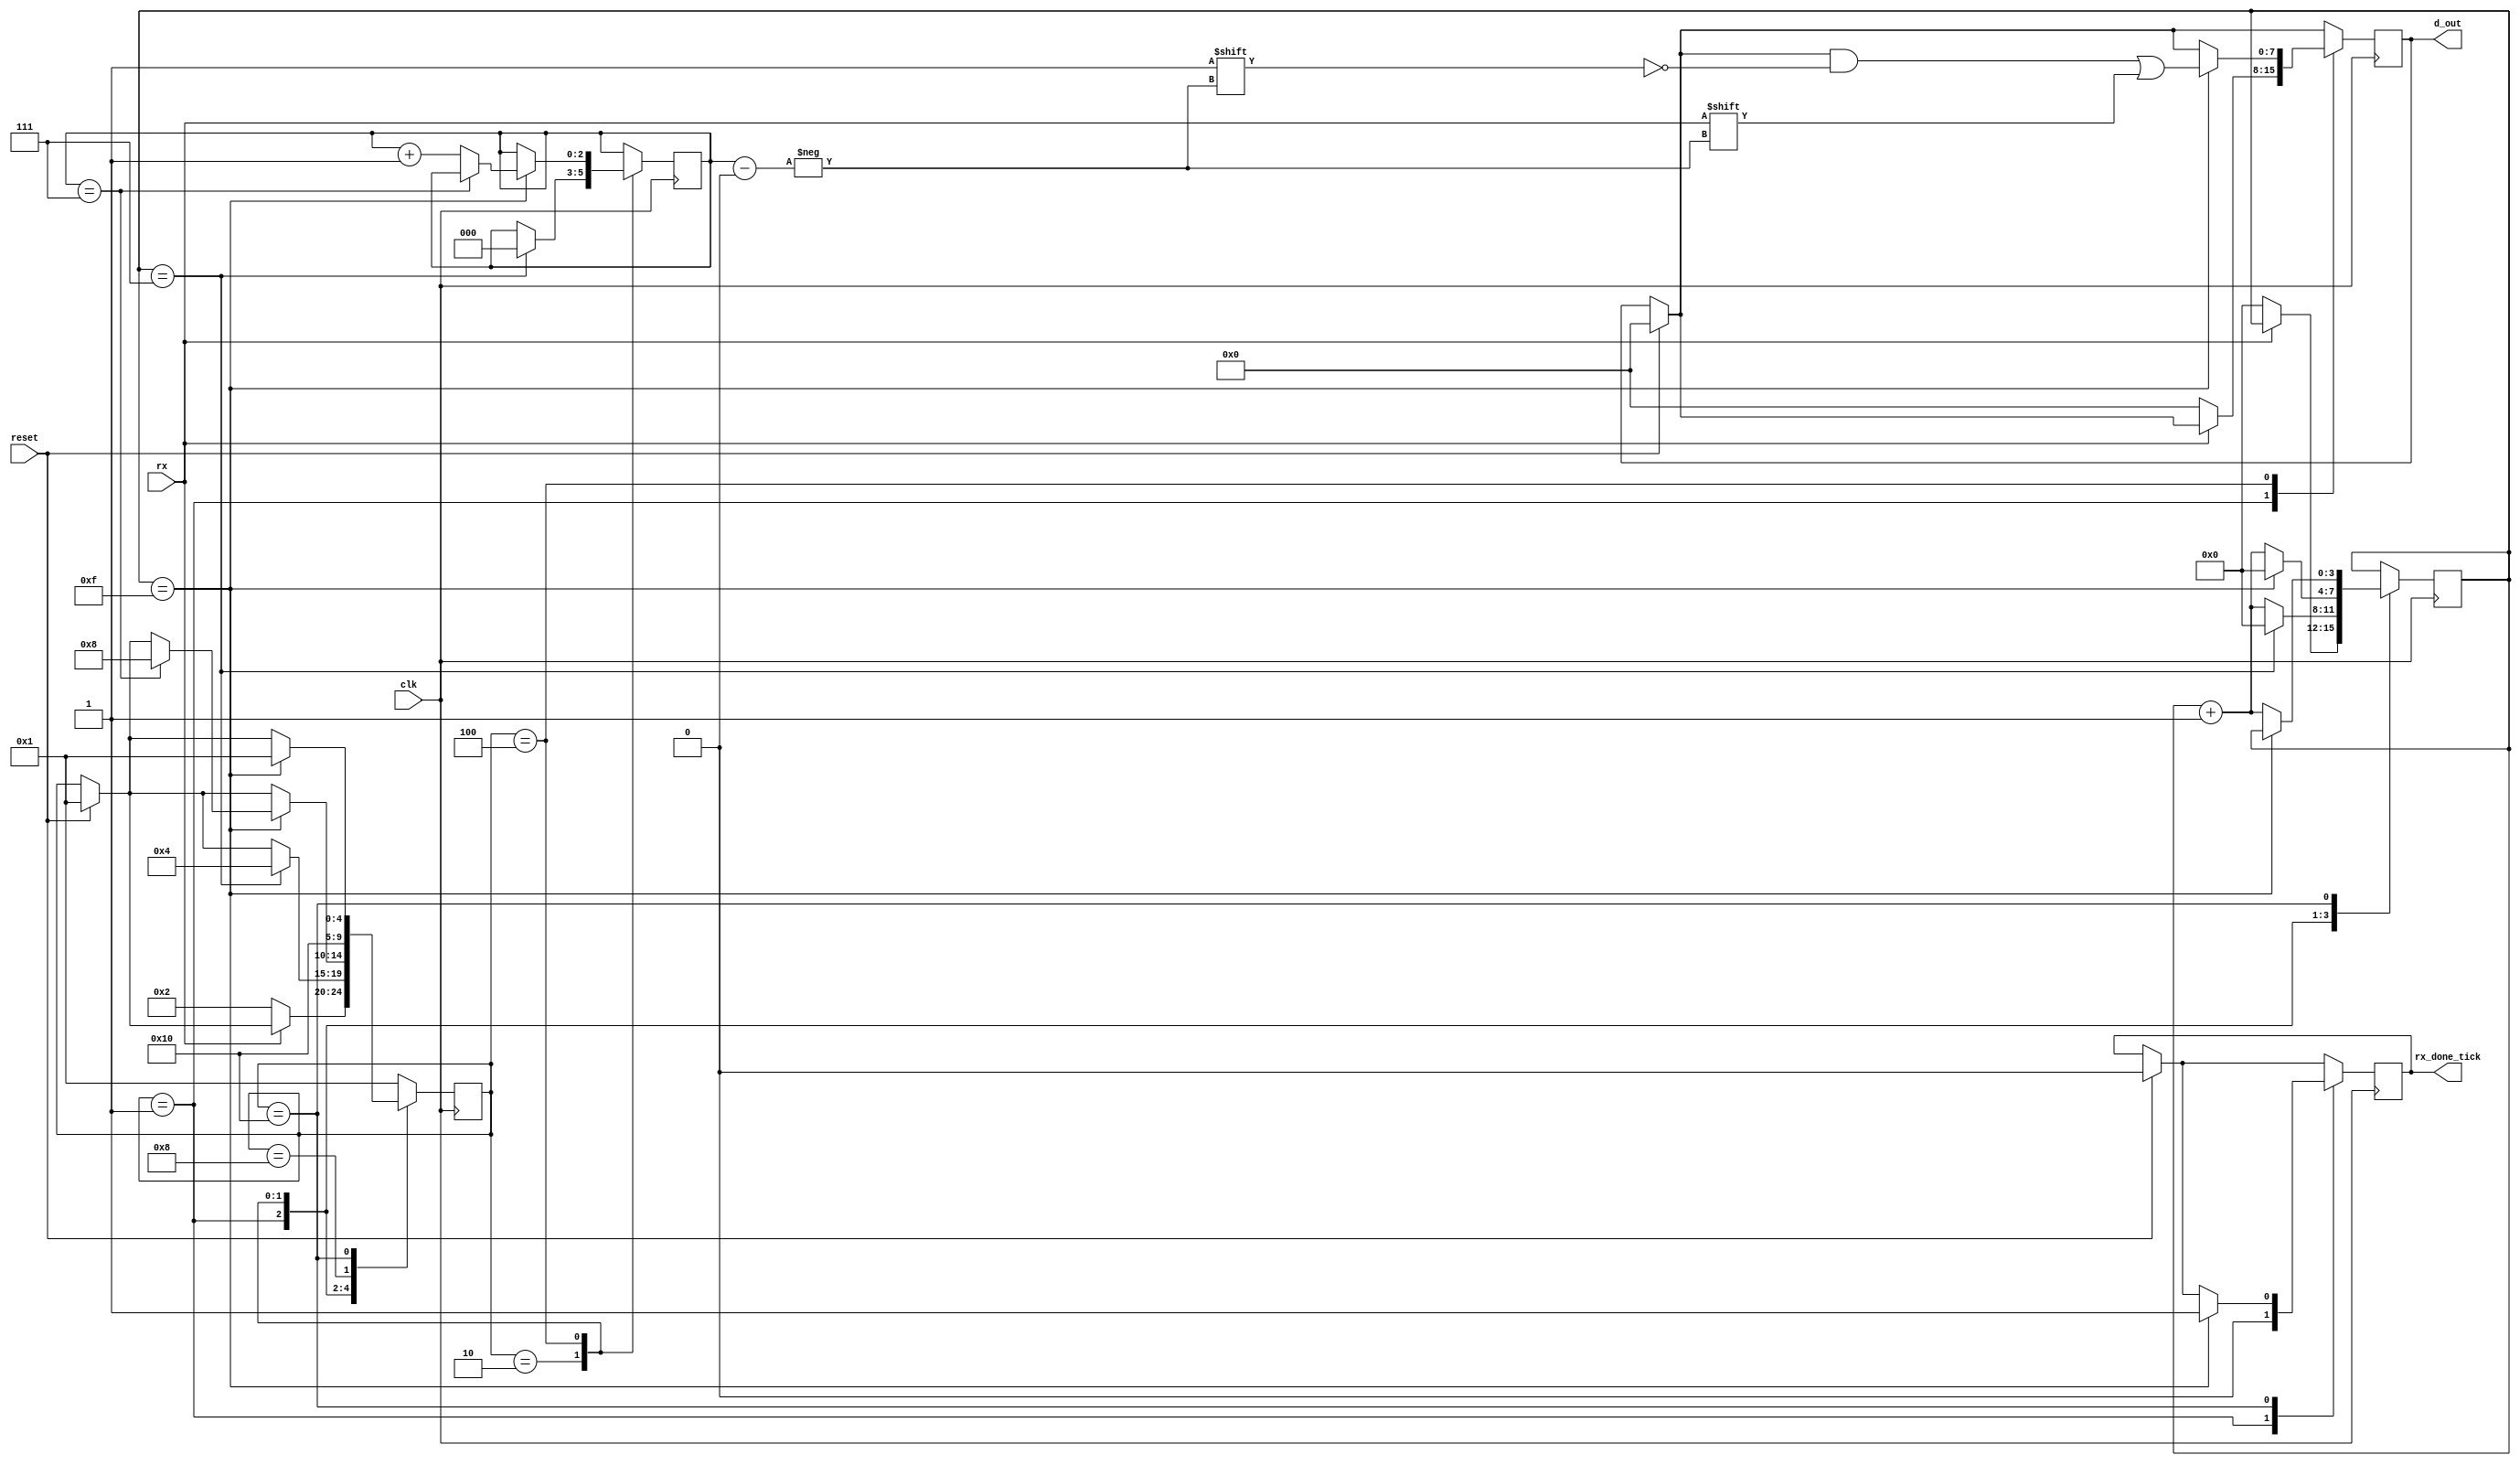
`timescale 1ns / 1ps
//////////////////////////////////////////////////////////////////////////////////
// Company: 
// Engineer: 
// 
// Design Name: 
// Module Name:    Rxv2 
// Project Name: 
// Target Devices: 
// Tool versions: 
// Description: 
//
// Dependencies: 
//
// Revision: 
// Revision 0.01 - File Created
// Additional Comments: 
//
//////////////////////////////////////////////////////////////////////////////////
module Rx(
		input                                         reset,
		input                                         clk,
		input	                                      rx,
		output    reg [7:0]                           d_out,
		output    reg                                 rx_done_tick
    );
    
	reg [4:0] estado;
	reg [3:0] tick_counter;
	reg [2:0] cant_recv;
	
	always @(posedge clk)
	begin
		if(reset)
		begin
            estado <= 5'b00001;
            d_out <= 0;
            rx_done_tick <= 0;
		end
        case(estado)
            5'b00001 :  //Espero a que el rx tome el valor de 0 para pasar al siguiente estado.
                begin
                    if (rx == 0)
                    begin
                        estado <= 5'b00010;
                        tick_counter <= 0;
                        d_out <= 0;
                    end
                    rx_done_tick <= 0;
                end
            5'b00010 : //Espero a que lleguen 7 ciclos de clock para avanzar al siguiente estado.
                begin
                if(tick_counter == 7)
                    begin
                        estado <= 5'b00100;
                        tick_counter <= 0;
                        cant_recv <= 0;
                    end
                else
                    tick_counter <= tick_counter +1;
                end
            5'b00100 : //Espero a que lleguen 15 ciclos de clock para tomar el valor de rx y guardarlo en d;
                begin 
                    if(tick_counter == 15)
                    begin
                        d_out[cant_recv] <= rx;
                        tick_counter <= 0;
                        if(cant_recv == 7)
                            begin
                                estado <= 5'b01000;
                            end
                        else
                            cant_recv <= cant_recv + 1;
                    end
                    else
                        tick_counter <= tick_counter +1;
                end
            5'b01000 : //bit de paridad
                begin
                    estado <= 5'b10000;
                end
            5'b10000 : //bit stop
                begin
                    if(tick_counter == 15)
                    begin
                        estado <= 5'b00001;
                        rx_done_tick <= 1;
                    end
                    else
                        tick_counter <= tick_counter +1;
                end
            default: estado <= 5'b00001;
        endcase
    end
endmodule